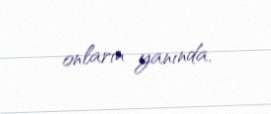
onların yanında.